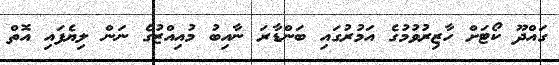
ގައްދޫ ކޯޓަށް ހާޒިރުވުމުގެ އަމުރުގައި ބަންޑާރަ ނާއިބު މުއިއްޒުގެ ނަން ލިޔެފައި އޮތް